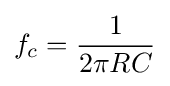
f_{c}={\frac {1}{2\pi RC}}